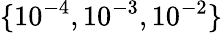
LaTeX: \{ 10^{-4},10^{-3},10^{-2}\}